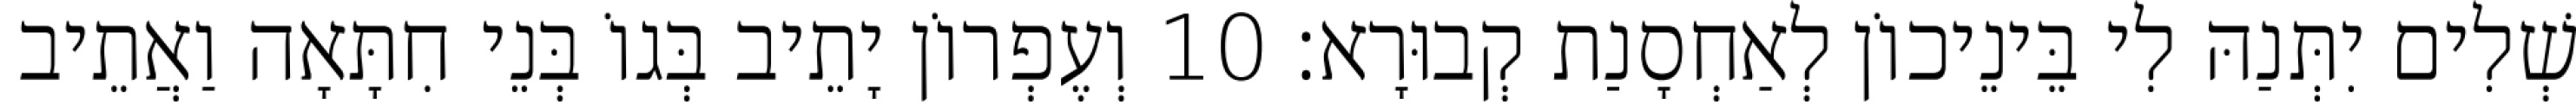
שְׁלִים יִתְּנַהּ לִי בֵּינֵיכוֹן לְאַחְסָנַת קְבוּרָא׃ 10 וְעֶפְרוֹן יָתֵיב בְּגוֹ בְּנֵי חִתָּאָה וַאֲתֵיב